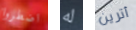
اضطروا له أترين